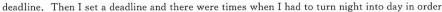
deadline. Then I set a deadline and there were times when I had to turn night into day in order